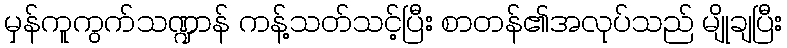
မှန်ကူကွက်သဏ္ဍာန် ကန့်သတ်သင့်ပြီး စာတန်၏အလုပ်သည် မျိုချပြီး